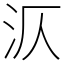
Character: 㳁